Bréfritari: Björn Ólafsson
Viðtakandi: Jón Borgfirðings Jónsson
Dagsetning: A-1857-06-09
Skrifað á: Ytri-Hlíð  N-Múl.
Óvíst

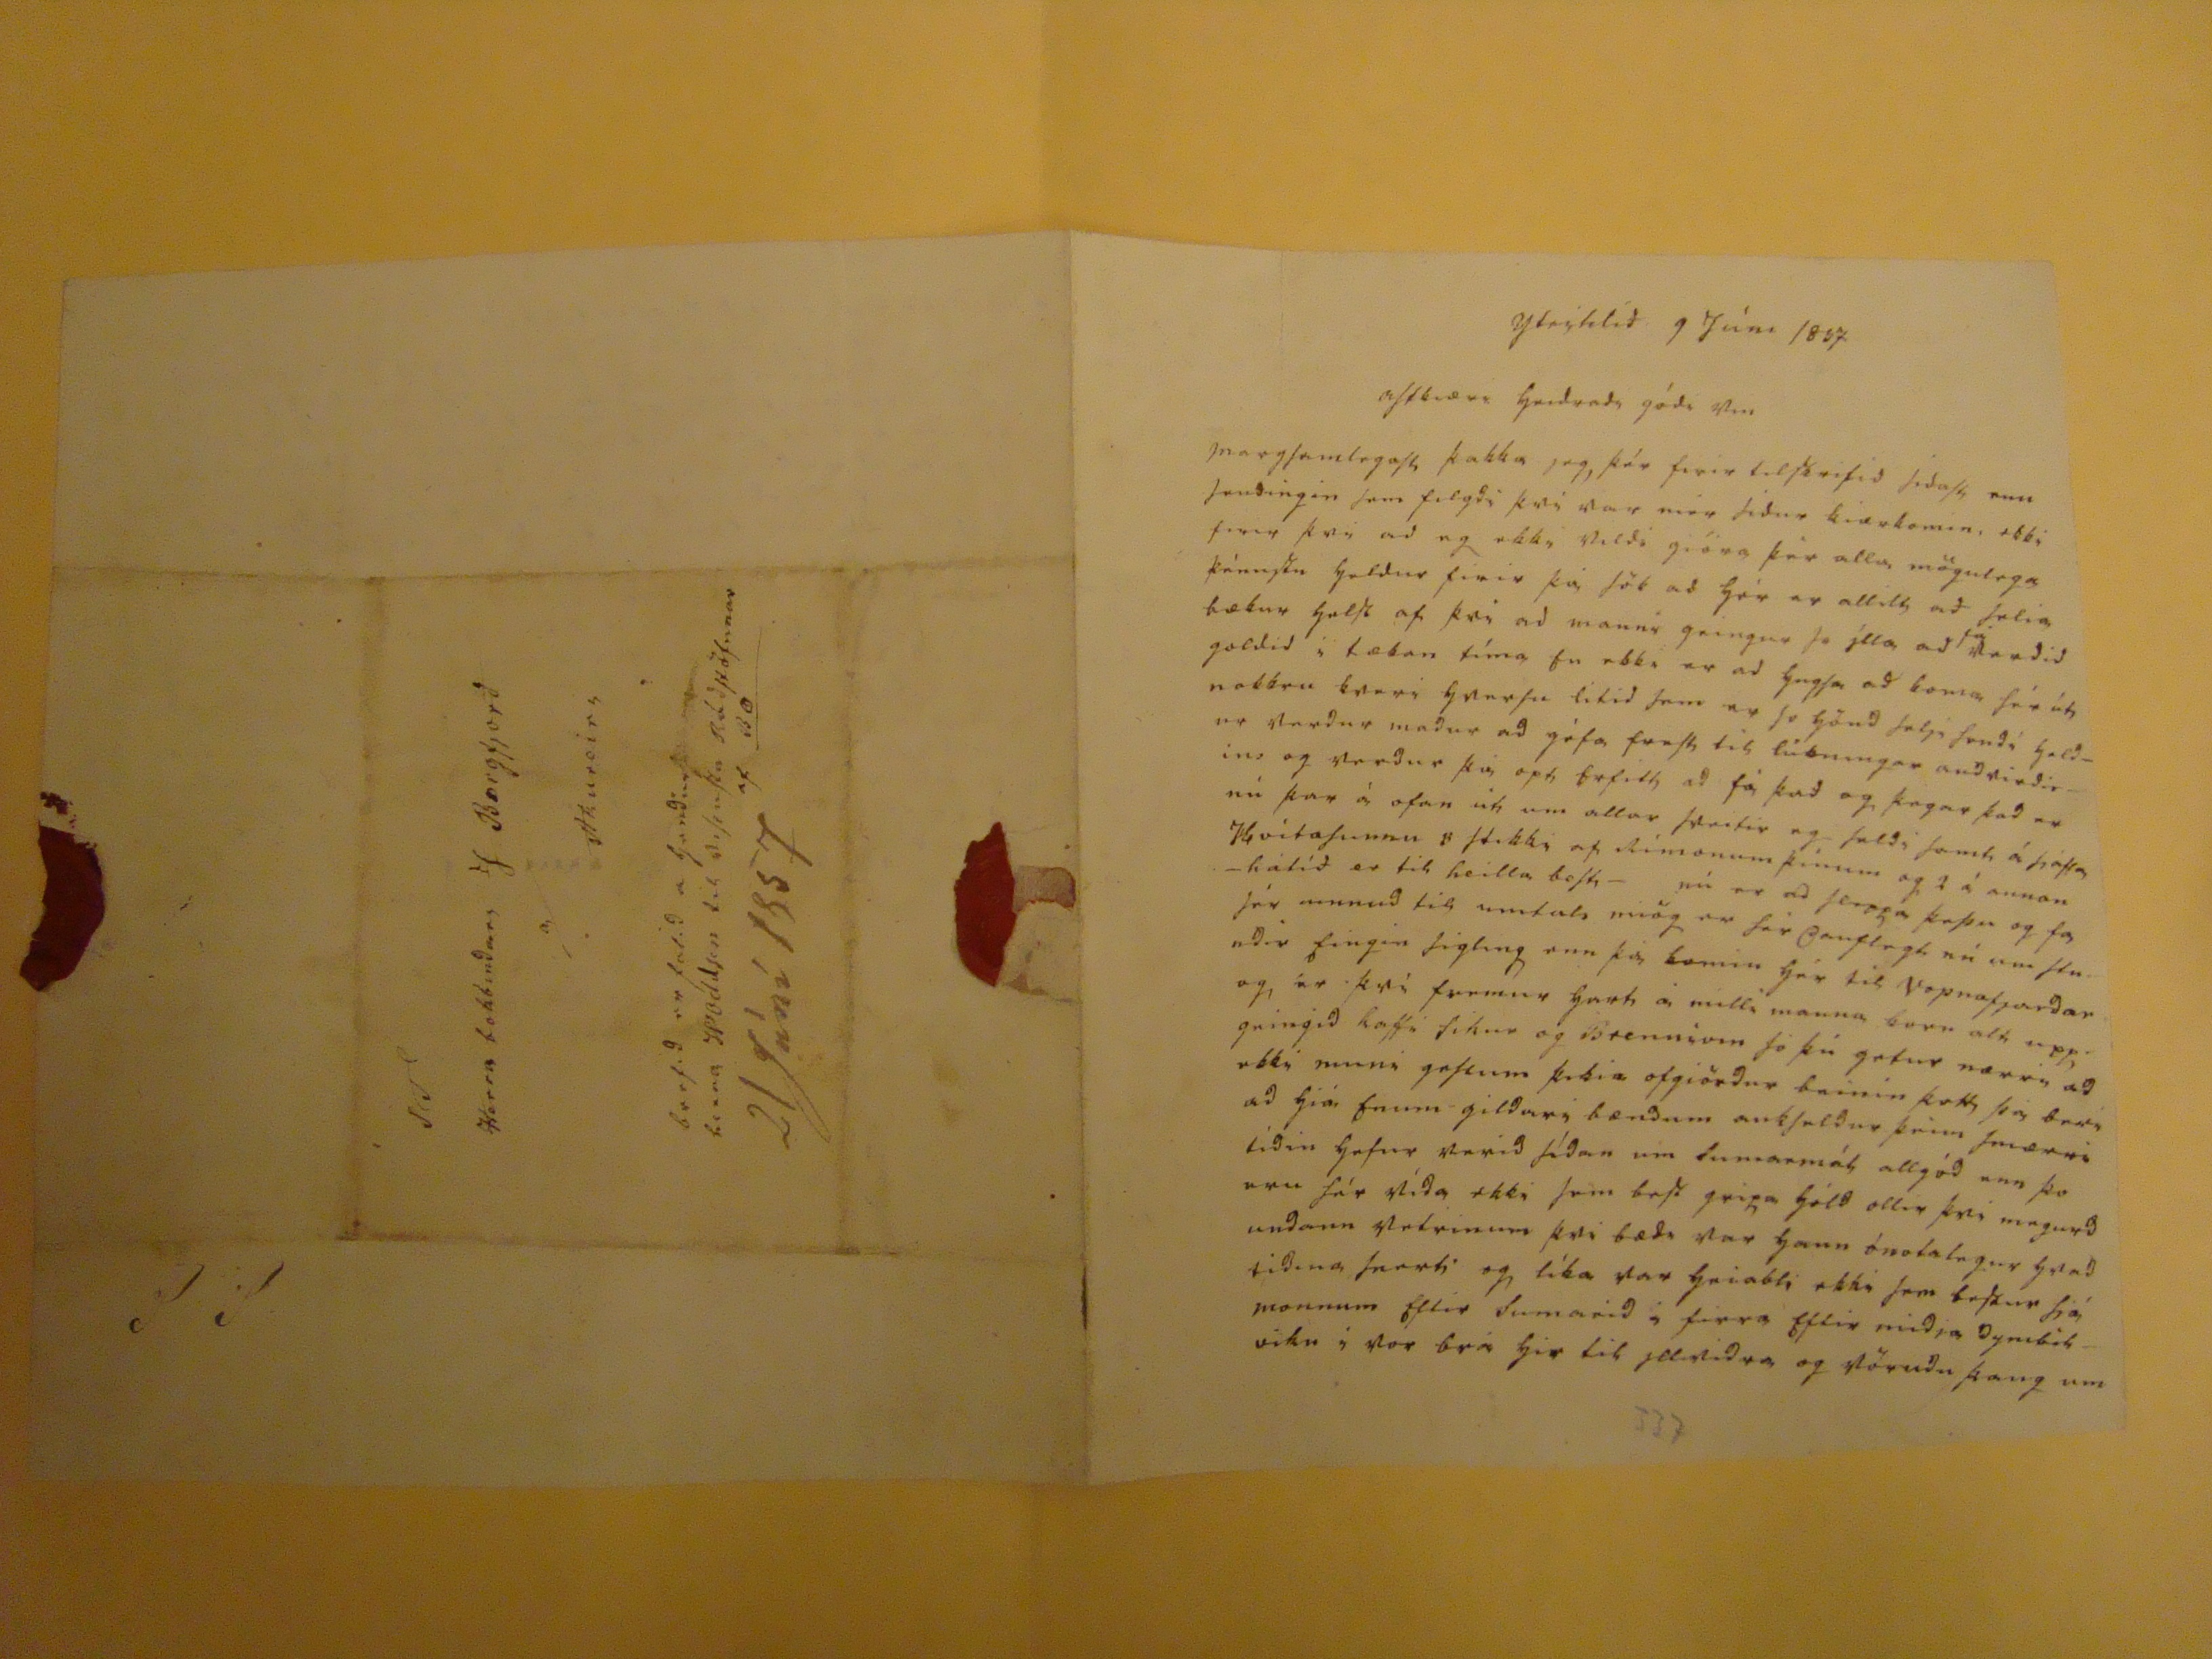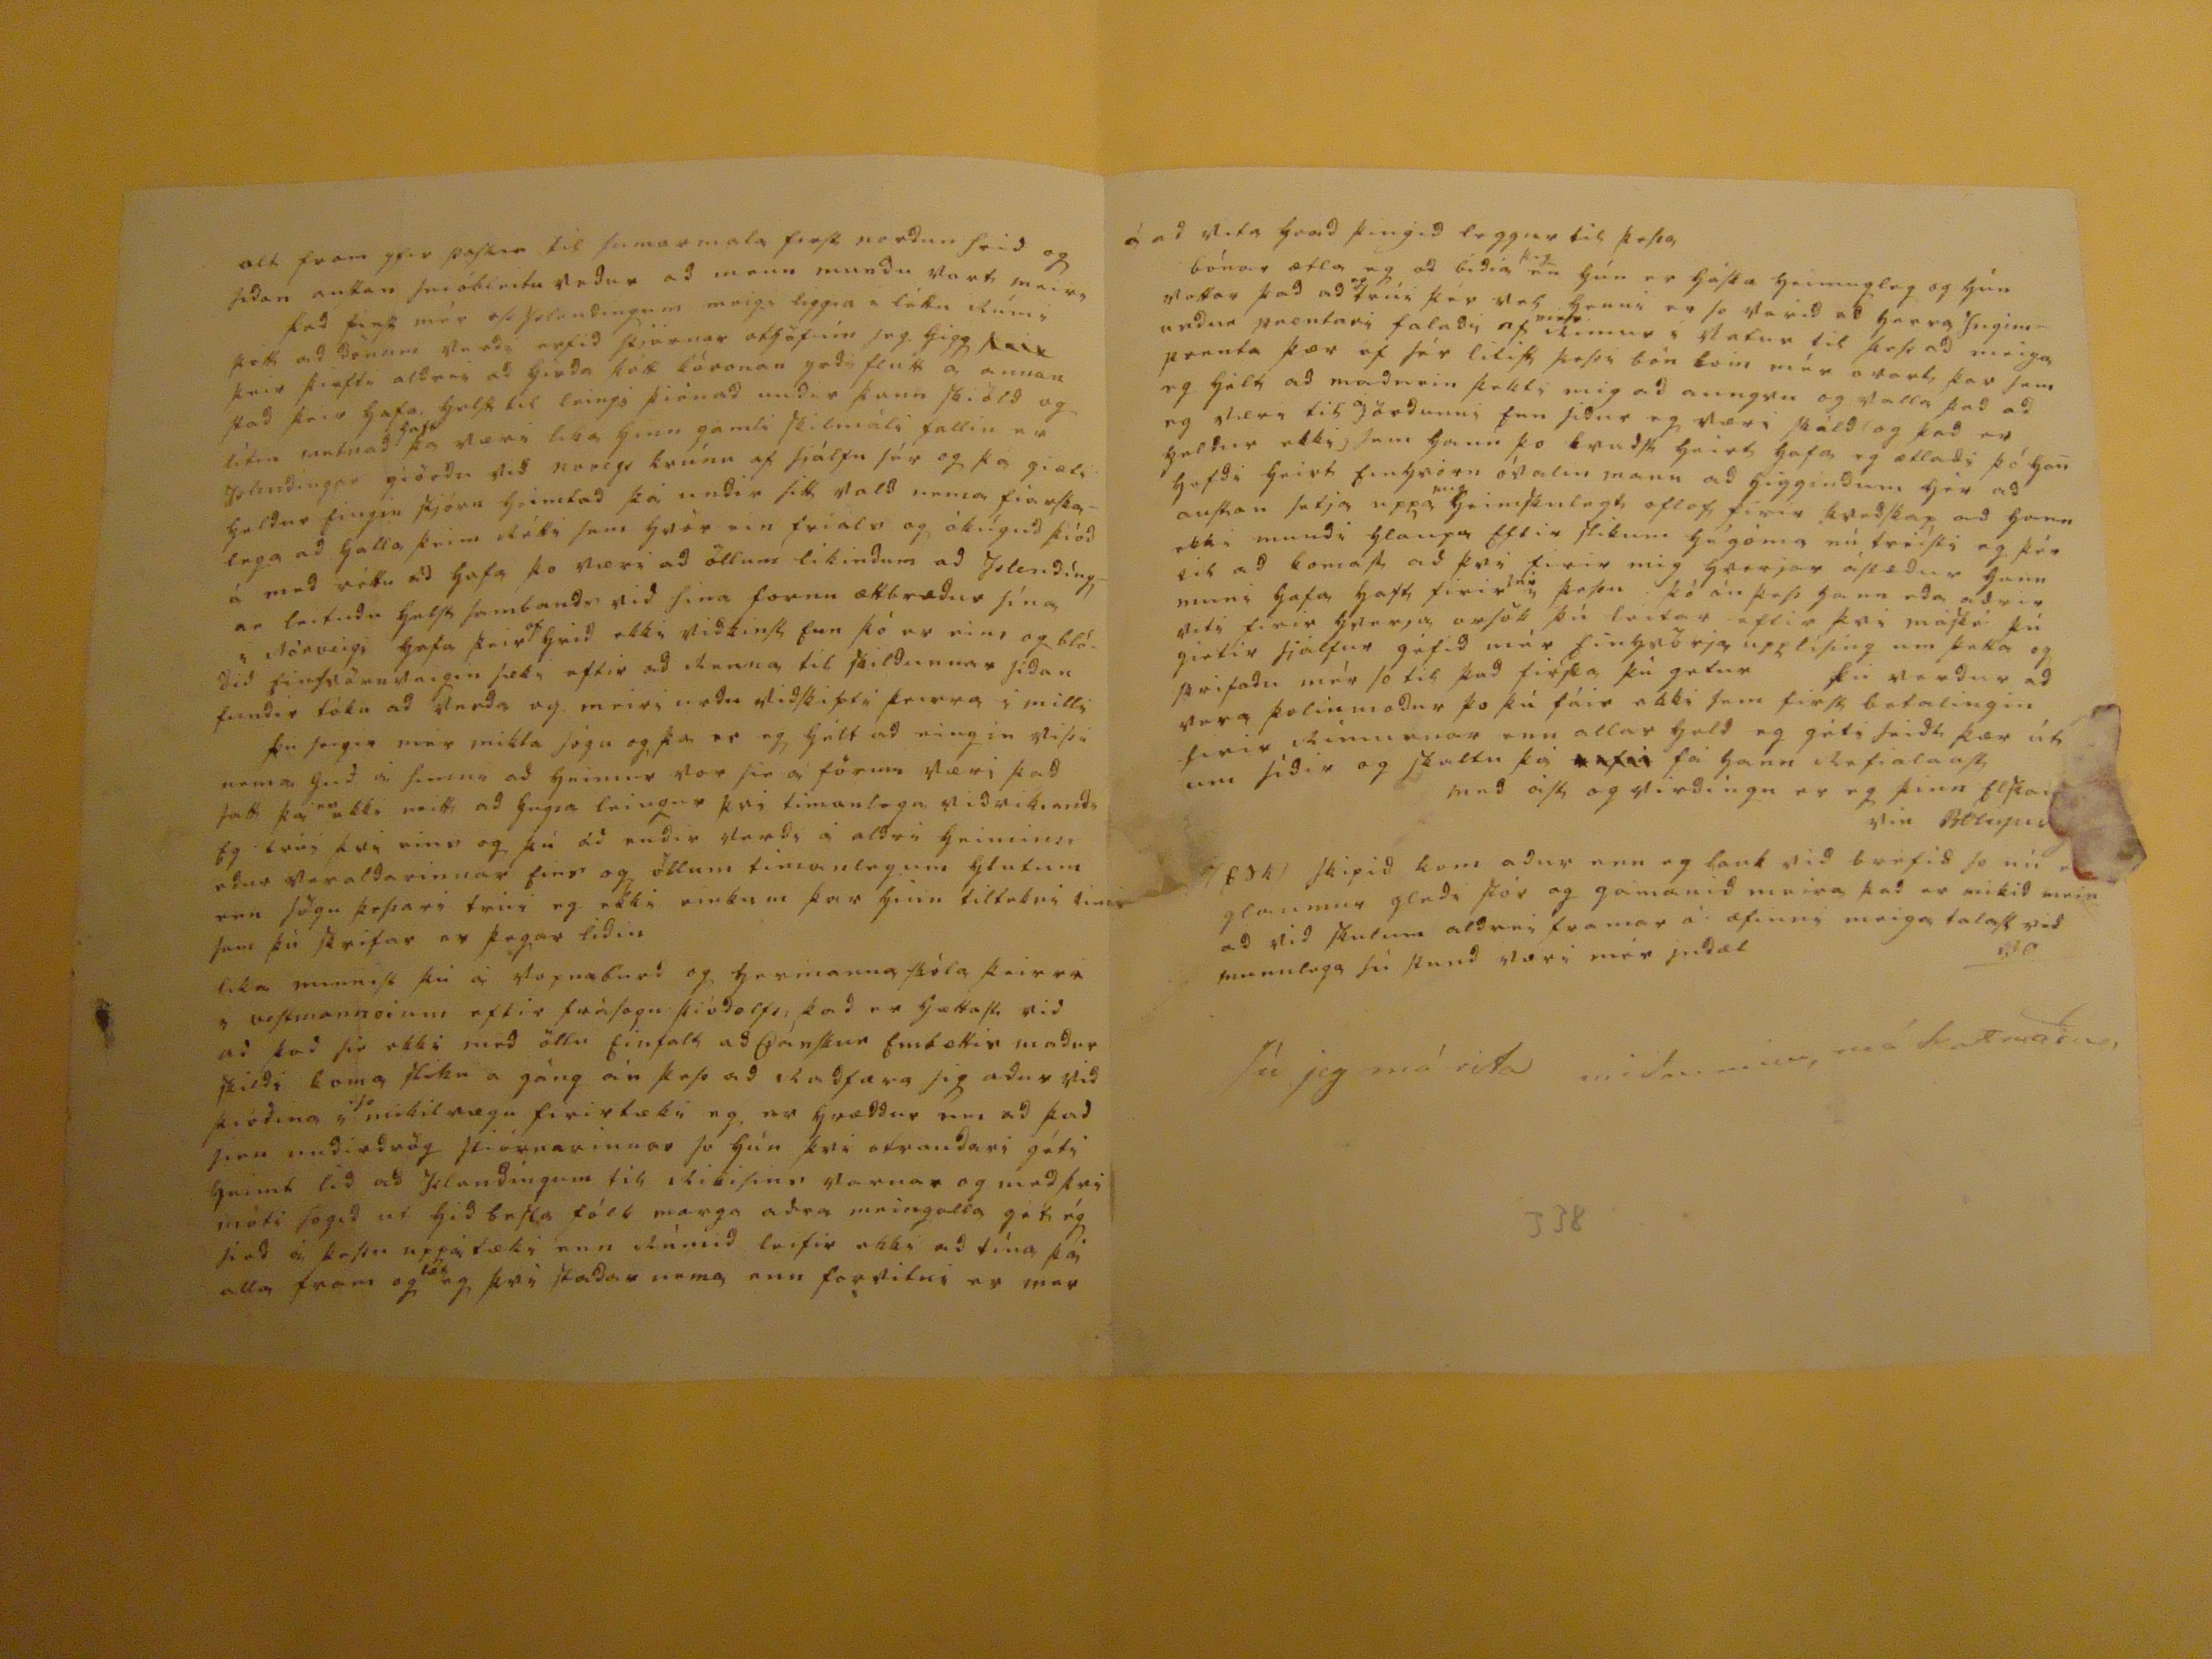

Ytrihlíð 9 Júni 1857
astkiæri
hjartands
góði vin
margsamlegast þakka jeg, þér firir tilskrifið siðast enn sendingin sem filgði þvi var
mér siður
kiærkomin, ekki firir þvi að eg ekki vildi giöra þér alla mögulega þénustu heldur firir þá sök að hér er
allilt,
að selia bækur helst af þvi að manni geingur so ílla að
fá ??ðið
goldið í tækan tíma so ekki er að
hugsa
að koma sér út, nokkru kveri hvursu litið sem er so
hönd selji sendi haldins
og verður þá opt
bestt
að fá það og þegar það er nú þar á ofan út um allar sveitir og seldi samt á
náttahátíð
er tilheilla best - nú er að
seiga þessu
og fæ
jeg unnið
til umtals miög er sér
?auflagt
nú um stundir fingin sigling enn þá komin hér til Vopnafjarðar og er því fremur
hert
á milli manna borr alt upp geingið kaffi sikur og Brennivin só þú getur nærri að ekki muni
gestum
þikia ofgjörður beinin
kott þá betri
að hiá hann gildur i bændum aukseldur þeim smærri tiðin hefur verið síðan um sumarmál allgóð enn þo eru sér víða ekki sem best gripa hóld allir þvi magurð undan vetrinum þvi bæði var hann ónotalegur hvað tiðina snerti og líka var
hriabli
ekki sem bestur siá monnum eftir sumarið á firra eftir miðja dymbilviku í vor brá hér til yllviðra og vöruðu þaug um
337
alt fram yfir paskan til sumarmala
fiost norður frið
og siðan austan
svi
óbleitu veður að menn mundu vart meira það finst m´ðer að holendingum meigi liggia á láku
Rúmi
þótt að Dönum verði erfið
?jörnar
athöfnin jeg higg
??? keir þi aftu
aldrei að hiaða þótt kóronan yrði flutt a annan stað
kriv
hafa. helst til leingi þienað undir þann
???
og lítin metnað
haft
þá væri lika hinn gamli skilmáli fallin er Islendingar giörðu við noregs krúnu af sjálfu sér og þá giæti heldur fingin skjóru heimtað þá undir sitt vald nema fiarskalega að halla þeim
Rétti
sem hvör ein frials og ókúguð þióð á með réttu að hafa þo væri að öllum likindum að Islendíngar leituðu helst sambandi við sina fornu ættbræður sína i Norveigi hafa þeir
of
hrið
ekki viðkinst
fun
þó er eins og blóðið
finsvörnuveigin
þeki aftir að Renna til skildunnar siðan fundir tóku að verða og meiri urðu viðskifti þeirra í milli þú seigir mér mikla sögu og þa er eg hélt að eingin vissi nema guð á himni að heimur vor sér á förum væri það satt þá er ekki neitt að hugsa leingur þvi timanlega viðvikiandi Eg trúi þvi eins og
áð endir streðs
á aldri heiminn eður veraldarinnar firr og öllum timanlegum hlutum enn sögu þessari
tviri
eg ekki einkum þar hinn tiltekni
timi
sem þú skrifar er þegar liðin lika minnist þú á vopnaburð og hermanna skóla þeirra i vestmanneium eftir frasogu þióðolfs kað er hættast við að það sé ekki með öllu Einfalt að
Dánskun
Embættir maður skildi koma sliku á gáng án þess að Taðfæra sig aður við þióðina i
so
mikilvægu firirtæki og er hræddur um að það sieu undirdrög stiórnarinnar so hún þvi otrauðari géti heimt lið að Islendingum til
Ribisinn
varnar og með þvi móti segið er hið besta fólk marga aðra meingalla gék ég það á þessu uppátæki enn Rúmið leifir ekki að tína þá alla fram og
læt
eg þvi staðar nema enn forvitur er mar
á að vita hvað þingið leggur til þessa bónar ætla eg að biðia
þig
en hún er
fjaska
heimugleg og hún vottar það að
eg
trúi þér vel henni er so varið að herra Yngimundur prentari falaði af
mier
Rimur i Vetur til þess að meiga prenta þær af sér litist þessi bón
buin
mér ovart þar sem eg hélt að maðurin þekti mig að aungvu og valla það að eg væri til á jörðunni
sen
siður eg væri skáld og það er heldur ekki, sem hann þo kvaðst
hriss
hafa eg ætlaði þó han hafði heirt Einhvóru óvalin mann að higgindum hér að austan setja uppa
mig
heimskulegt oflof firir kveðskap að hann ekki mundi hlaupa Eftir slikum hégóma nú treisti eg þér til að komast að þvi firir mig hverjar ástæður hann muni hafa haft firir
því
þessu þó án þess hann eða aðrir viti firir hverja orsök þú
leitar
eftir því máske þú gietir sjálfur gefið mér Einhverja upplísing um þetta og skrifaðu mér so til það firsta þú getur þú verður að vera þolinmóður þo þú fáir ekki sem first batalingin firir Rimurnar enn allar held eg géti
seiðt
þær út um síðir og skaltu þá
????
fá hann skefialaust með ást og virðingu er eg þinn
elskandi
vin
BOlafsson
/esk/
skipið kom aður enn eg
lauk
við brefið so nú
er
glaumur gleði stór og gamanið meira það er mikið meir að við skulum aldrei framar á æfinni meiga talast munnlega sú stund væri mér indæl BO
Jú jeg má rita miðan minn má karlmaður
ST
Herra bokbindari J Borgfjorð
a/Akureiri
brefið er falið a hendur herra HOddsen til
???
Ráðstöfunnar af BO
21 Jóní 1857